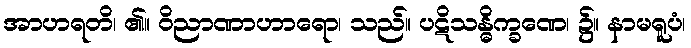
အာဟရတိ၊ ၏။ ဝိညာဏာဟာရော၊ သည်။ ပဋိသန္ဓိက္ခဏေ၊ ၌။ နာမရူပံ၊